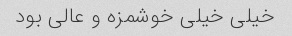
خیلی خیلی خوشمزه و عالی بود